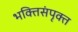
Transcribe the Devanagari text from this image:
भक्तिसंपृक्त